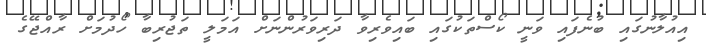
އިއުލާނުގައި ބުނެފައި ވަނީ ކޯސްތަކުގައި ބައިވެރިވާ ދަރިވަރުންނަށް އަމަލީ ތަޖުރިބާ ހޯދުމަށް ރާއްޖޭގެ